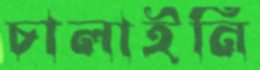
চালাইনি